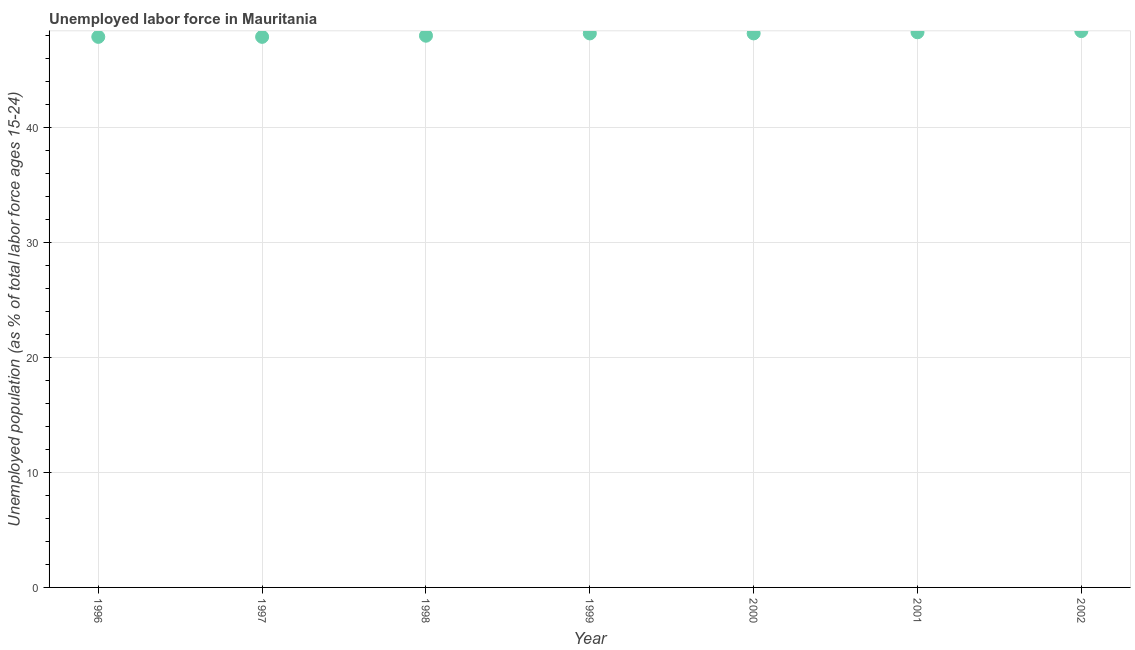
| Year | Unemployment |
 | --- | --- |
 | 1996 | 47.9 |
 | 1997 | 47.9 |
 | 1998 | 48 |
 | 1999 | 48.2 |
 | 2000 | 48.2 |
 | 2001 | 48.3 |
 | 2002 | 48.4 |